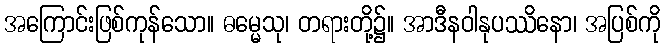
အကြောင်းဖြစ်ကုန်သော။ ဓမ္မေသု၊ တရားတို့၌။ အာဒီနဝါနုပဿိနော၊ အပြစ်ကို